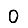
Digit: 0